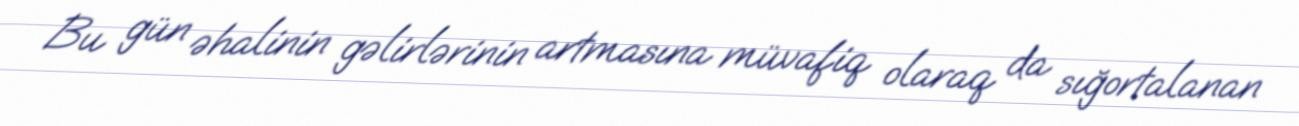
Bu gün əhalinin gəlirlərinin artmasına müvafiq olaraq da sığortalanan